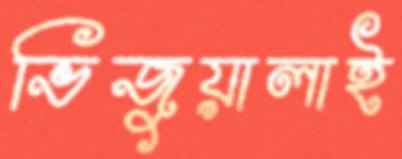
ভিজুয়ালাই